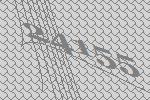
24155